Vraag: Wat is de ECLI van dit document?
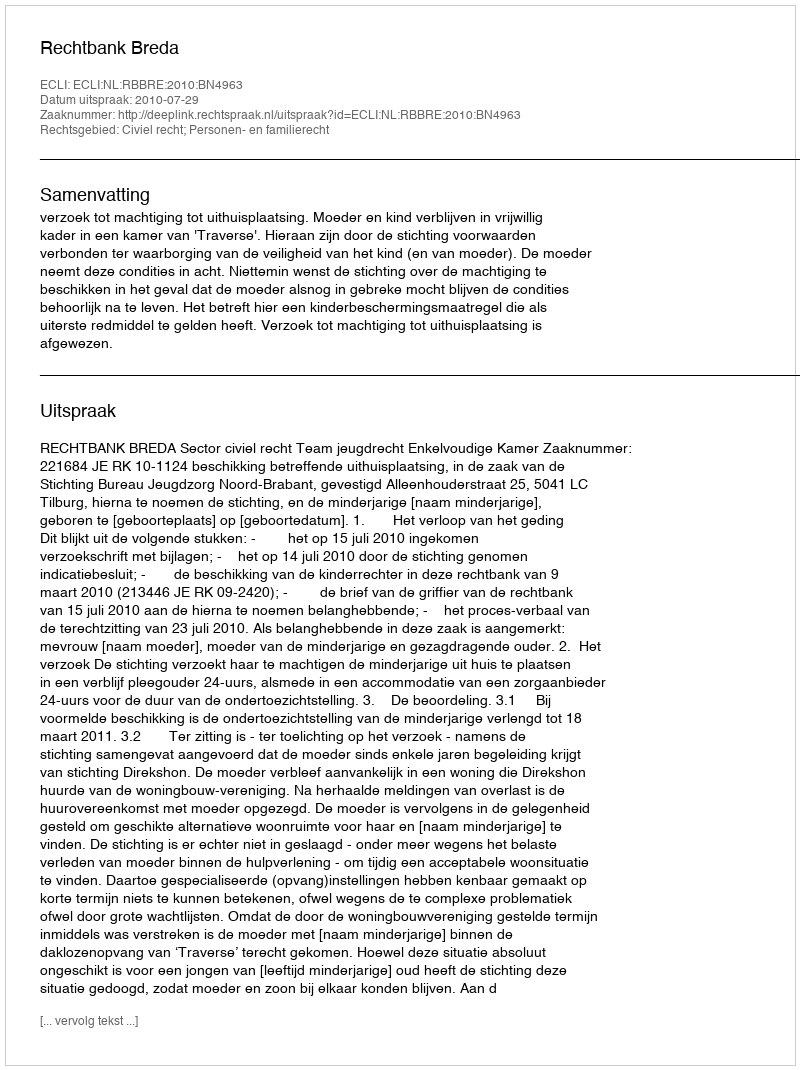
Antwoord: ECLI:NL:RBBRE:2010:BN4963